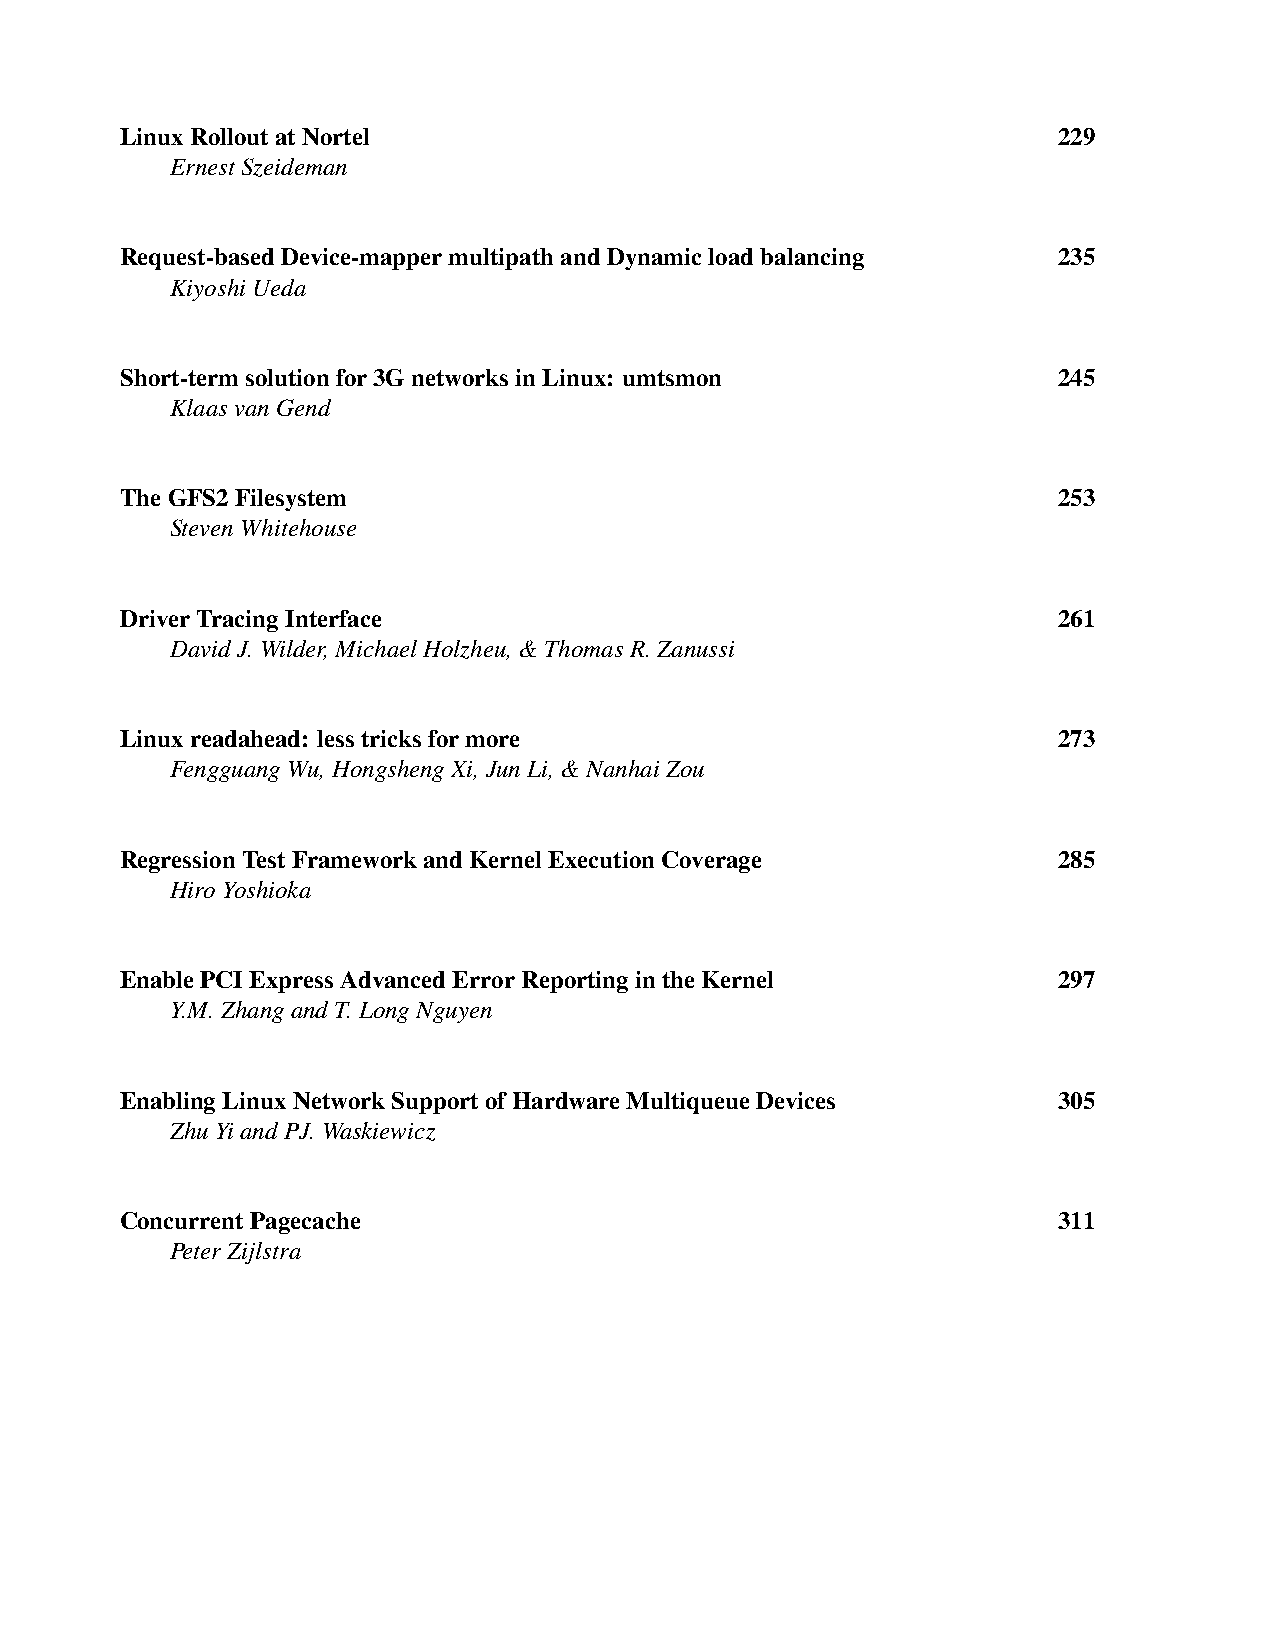
LinuxRolloutatNortel                                          229
 ErnestSzeideman
 Request-basedDevice-mappermultipathandDynamicloadbalancing    235
 KiyoshiUeda
 Short-termsolutionfor3GnetworksinLinux: umtsmon               245
 KlaasvanGend
 TheGFS2Filesystem                                             253
 StevenWhitehouse
 DriverTracingInterface                                        261
 DavidJ.Wilder,MichaelHolzheu,&ThomasR.Zanussi
 Linuxreadahead: lesstricksformore                             273
 FengguangWu,HongshengXi,JunLi,&NanhaiZou
 RegressionTestFrameworkandKernelExecutionCoverage             285
 HiroYoshioka
 EnablePCIExpressAdvancedErrorReportingintheKernel             297
 Y.M.ZhangandT.LongNguyen
 EnablingLinuxNetworkSupportofHardwareMultiqueueDevices        305
 ZhuYiandPJ.Waskiewicz
 ConcurrentPagecache                                           311
 PeterZijlstra